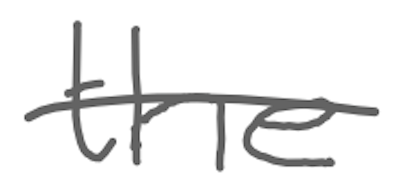
Text: the
Cross-out: single-line
Writing tool: digital_gray